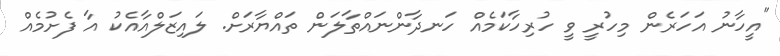
"އީހާނު އަހަރެން މިހުރީ ވީ ހުރިހާކަމެއް ހަނދާންނައްތާލަން ތައްޔާރަށް. ލައިޒަލްއާއެކު އާ ފެށުމެއް